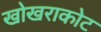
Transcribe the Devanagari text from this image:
खोखराकोट